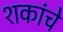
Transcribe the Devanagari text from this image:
शकांचे